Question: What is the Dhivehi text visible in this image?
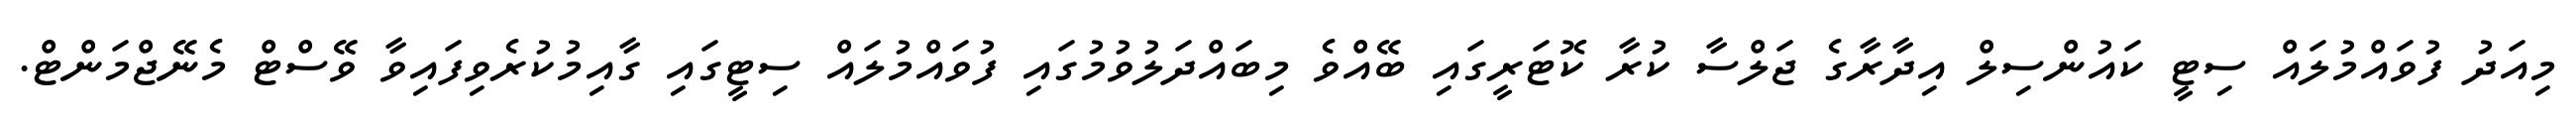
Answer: މިއަދު ފުވައްމުލައް ސިޓީ ކައުންސިލް އިދާރާގެ ޖަލްސާ ކުރާ ކޮޓަރީގައި ބޭއްވެ މިބައްދަލުވުމުގައި ފުވައްމުލައް ސިޓީގައި ގާއިމުކުރެވިފައިވާ ވޭސްޓް މެނޭޖްމަންޓް.